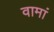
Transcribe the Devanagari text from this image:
वामां